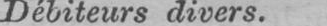
Débiteurs divers.